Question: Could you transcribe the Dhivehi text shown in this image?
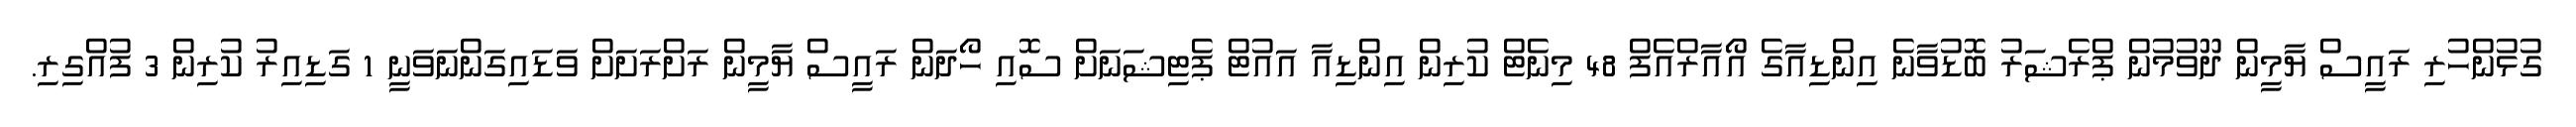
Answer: ގުޅުންހުރި ރައީސް ޔާމީން ދޫވުމުން ޕްރެޝަރު ބޮޑުވާނެ އިންޑިއާގެ އޯއާރްއެފް 48 މިނެޓް ކުރިން އިންޑިއާ އައުޓް ޕެޓިޝަނަށް ސޮއި ހޯދަން ރައީސް ޔާމީން ރަށްރަށަށް ވަޑައިގަންނަވަނީ 1 ގަޑިއިރު ކުރިން 3 ފުއްގިރި.